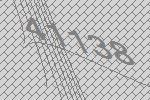
41138